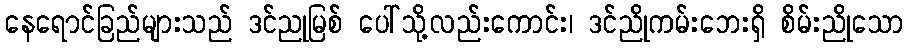
နေရောင်ခြည်များသည် ဒင်ညုမြစ် ပေါ်သို့လည်းကောင်း၊ ဒင်ညိုကမ်းဘေးရှိ စိမ်းညိုသော